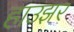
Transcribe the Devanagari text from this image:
हाउझर